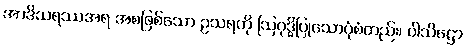
အာဒိသရဿအရ အစဖြစ်သော ဥသရကို ဩဝုဒ္ဓိပြုသောပုံစံတည်း၊ ဝါသိဋ္ဌော